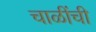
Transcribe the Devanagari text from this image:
चाळींची